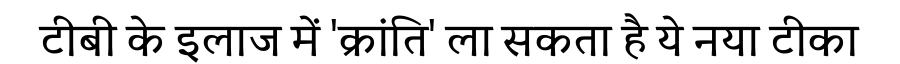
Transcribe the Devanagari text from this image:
टीबी के इलाज में 'क्रांति' ला सकता है ये नया टीका